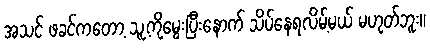
အသင် ဖခင်ကတော့ သူ့ကိုမွေးပြီးနောက် သိပ်နေရလိမ့်မယ် မဟုတ်ဘူး။